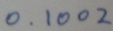
0 . 1 0 0 2